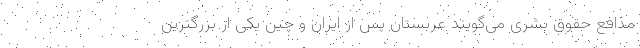
مدافع حقوق بشری می‌گویند عربستان پس از ایران و چین یکی از بزرگترین